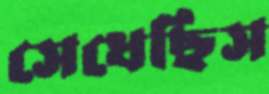
সেধেছিস